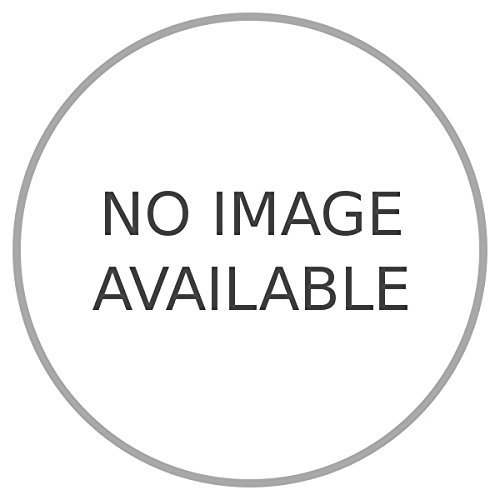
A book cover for Andorra.; MARTINI Virgilio -; Travel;